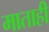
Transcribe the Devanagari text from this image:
माताही